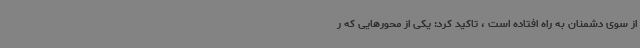
از سوی دشمنان به راه افتاده است ، تاکید کرد: یکی از محورهایی که ر